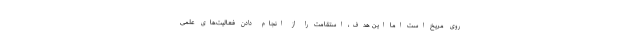
روی مریخ است اما این هدف، استقامت را از انجام دادن فعالیت‌های علمی